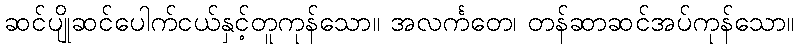
ဆင်ပျိုဆင်ပေါက်ငယ်နှင့်တူကုန်သော။ အလင်္ကတေ၊ တန်ဆာဆင်အပ်ကုန်သော။